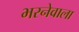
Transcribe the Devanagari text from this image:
भरनेवाला